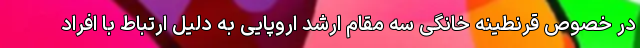
در خصوص قرنطینه خانگی سه مقام ارشد اروپایی به دلیل ارتباط با افراد